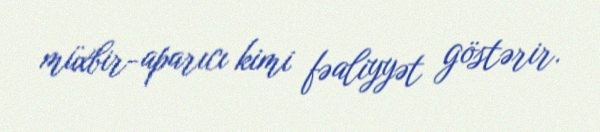
müxbir-aparıcı kimi fəaliyyət göstərir.